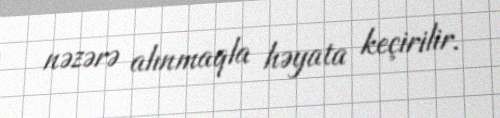
nəzərə alınmaqla həyata keçirilir.